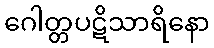
ဂေါတ္တပဋိသာရိနော